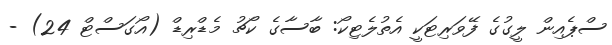
ސްޕެއިން ލީގުގެ ފޭވަރިޓަކީ އެތުލެޓިކޯ: ބާސާގެ ކޯޗު މެޑްރިޑް (އޯގަސްޓް 24) -